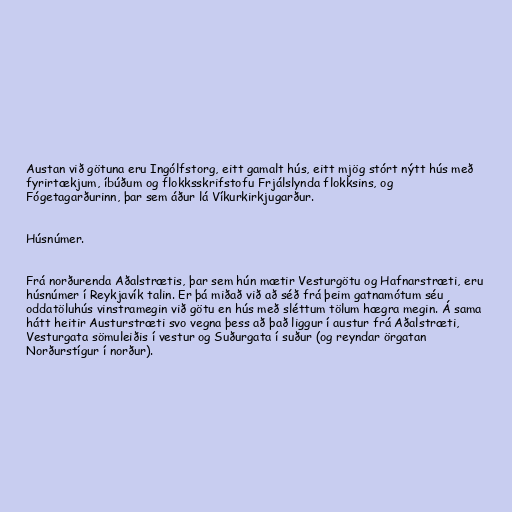
Austan við götuna eru Ingólfstorg, eitt gamalt hús, eitt mjög stórt nýtt hús með
fyrirtækjum, íbúðum og flokksskrifstofu Frjálslynda flokksins, og
Fógetagarðurinn, þar sem áður lá Víkurkirkjugarður.

Húsnúmer.

Frá norðurenda Aðalstrætis, þar sem hún mætir Vesturgötu og Hafnarstræti, eru
húsnúmer í Reykjavík talin. Er þá miðað við að séð frá þeim gatnamótum séu
oddatöluhús vinstramegin við götu en hús með sléttum tölum hægra megin. Á sama
hátt heitir Austurstræti svo vegna þess að það liggur í austur frá Aðalstræti,
Vesturgata sömuleiðis í vestur og Suðurgata í suður (og reyndar örgatan
Norðurstígur í norður).